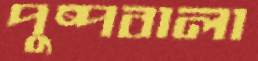
পুষ্পবালা